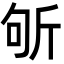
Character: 斪